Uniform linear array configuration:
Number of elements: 32
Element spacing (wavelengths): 0.25
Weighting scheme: exponential
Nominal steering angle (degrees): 0
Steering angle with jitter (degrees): -0.8589
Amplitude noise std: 0.05
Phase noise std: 0.05

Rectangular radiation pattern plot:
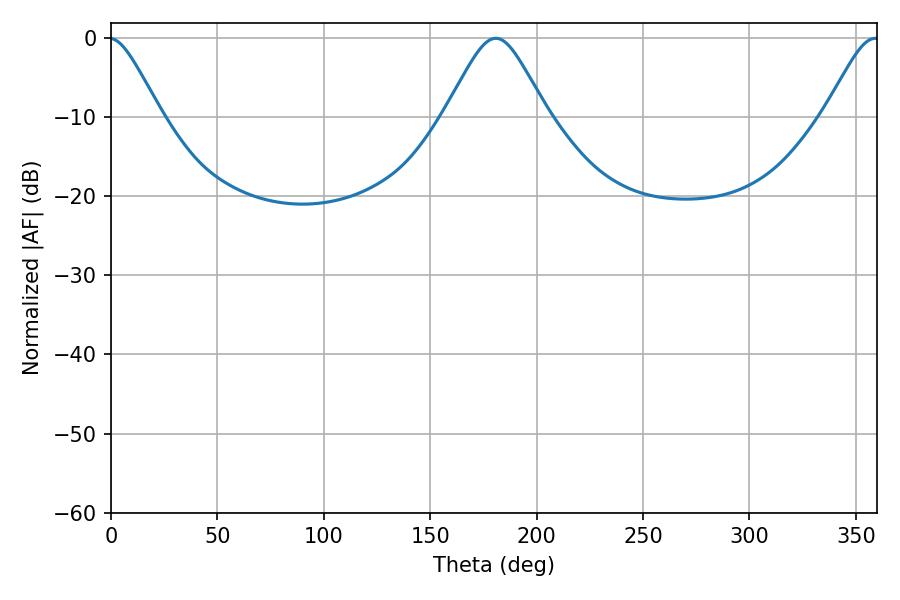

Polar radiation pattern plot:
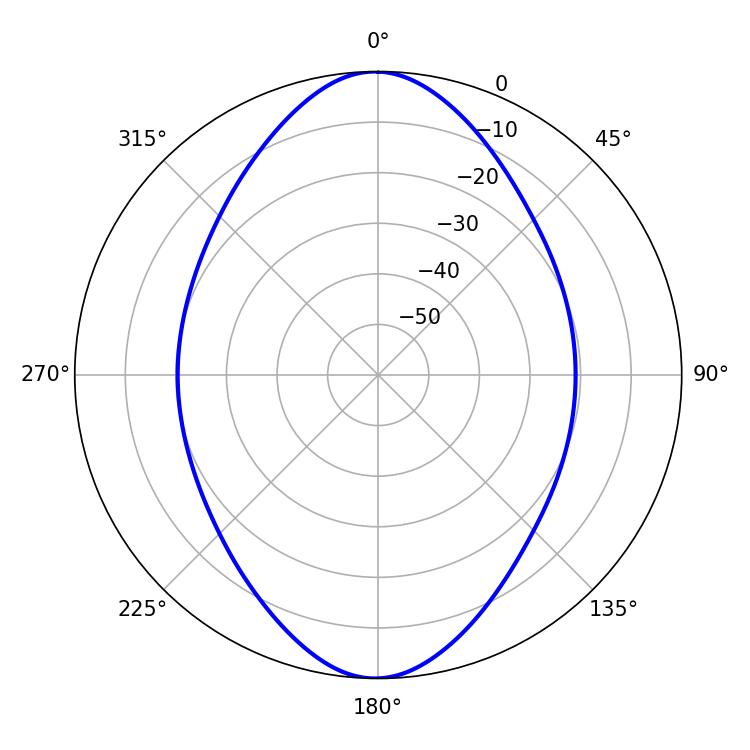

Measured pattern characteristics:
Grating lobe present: FALSE
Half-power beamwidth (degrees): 23.22
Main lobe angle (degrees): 180.9